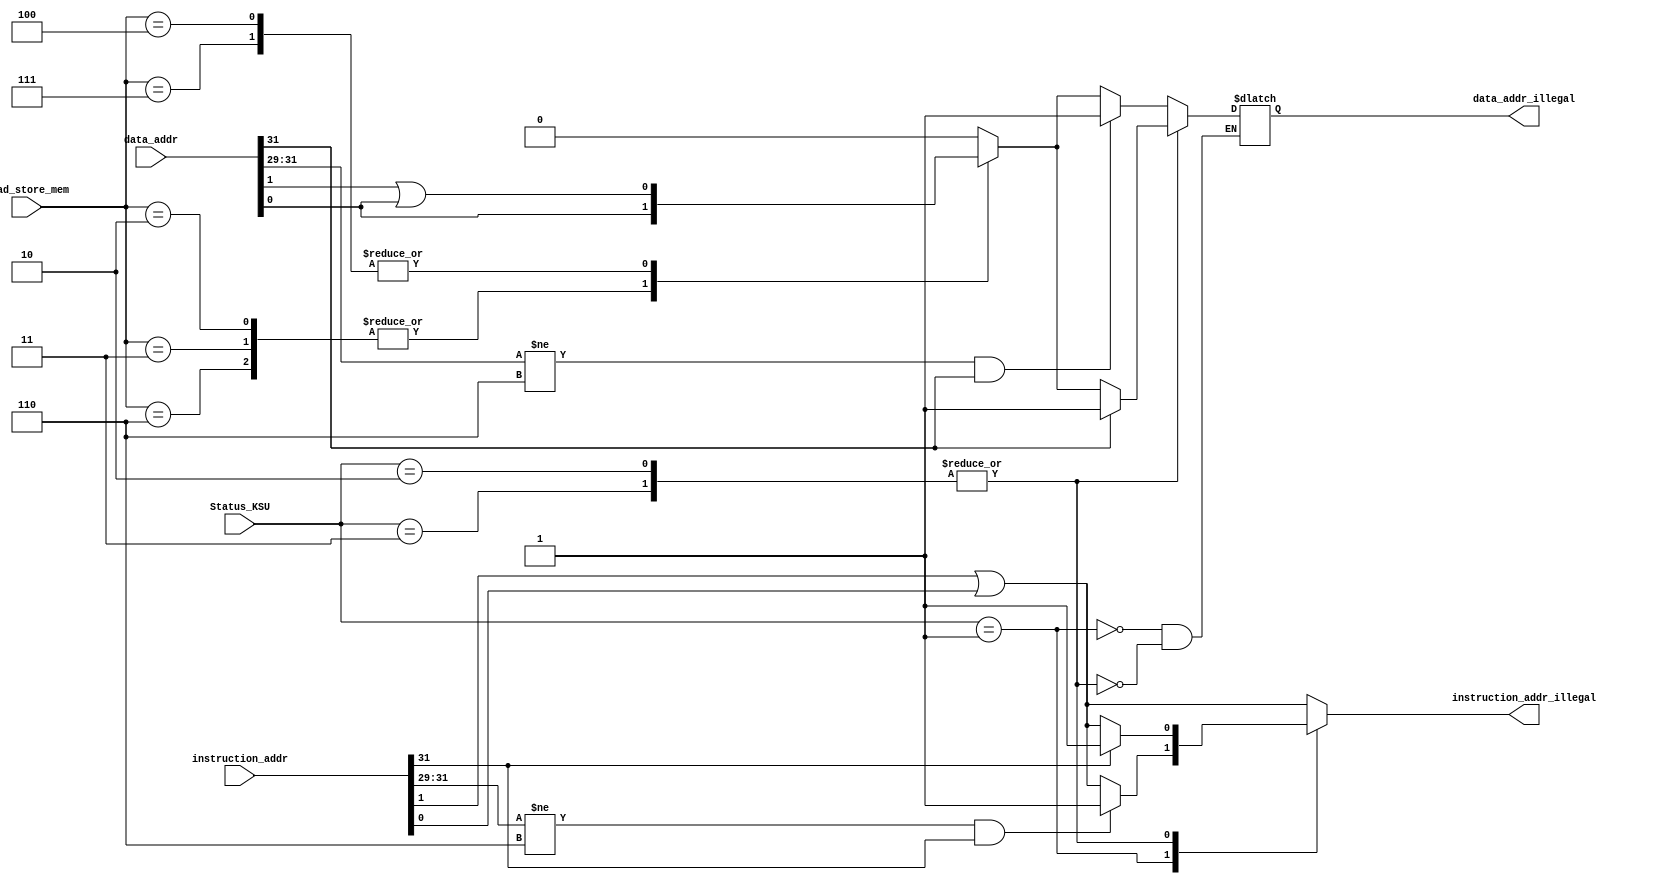
//wait for test

module illegal_addr (
	input [31:0]		instruction_addr,
	input [31:0]		data_addr,
	input [2:0]			load_store_mem,
	input [1:0]			Status_KSU,		//00:Kernel Mode, 01::SuperVisor Mode, 10:User Mode, 11:Reserved
	
	output reg			instruction_addr_illegal,
	output reg 			data_addr_illegal
);

	initial begin	
		instruction_addr_illegal <= 1'b0;
		data_addr_illegal <= 1'b0;
	end
	
	always @(*) begin
		//An instruction is fetched from an address that is not aligned on a word boundary.
		instruction_addr_illegal <= instruction_addr[1] | instruction_addr[0];
		
		case(Status_KSU)
			2'b01: begin	//A reference is made to a kernel address space from Supervisor Mode.
				if(instruction_addr[31:29] != 3'b110 && instruction_addr[31] != 1'b0)	
					instruction_addr_illegal <= 1'b1;
				if(data_addr[31:29] != 3'b110 && data_addr[31] != 1'b0)	
					data_addr_illegal <= 1'b1;
				else	//A load or store word instruction is executed in which the address is not aligned on a word boundary.
						//A load or store halfword instruction is executed in which the address is not aligned on a halfword boundary
					case(load_store_mem)
						3'b010,3'b011,3'b110: begin	//lh,lhu,sh
							data_addr_illegal <= data_addr[0];
						end
						3'b100,3'b111: begin	//lw,sw
							data_addr_illegal <= data_addr[1] | data_addr[0];
						end
						default: begin
							data_addr_illegal <= 1'b0;
						end
					endcase
			end
			2'b10,2'b11: begin	//A reference is made to a kernel address space or a supervisor address space from User Mode.
				if(instruction_addr[31] != 1'b0)	instruction_addr_illegal <= 1'b1;
				if(data_addr[31] != 1'b0)	data_addr_illegal <= 1'b1;
				else
					case(load_store_mem)
						3'b010,3'b011,3'b110: begin	//lh,lhu,sh
							data_addr_illegal <= data_addr[0];
						end
						3'b100,3'b111: begin	//lw,sw
							data_addr_illegal <= data_addr[1] | data_addr[0];
						end
						default: begin
							data_addr_illegal <= 1'b0;
						end
					endcase
			end
		endcase
	end
endmodule